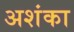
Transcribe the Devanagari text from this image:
अशंका